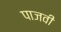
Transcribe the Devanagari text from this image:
पाजवी